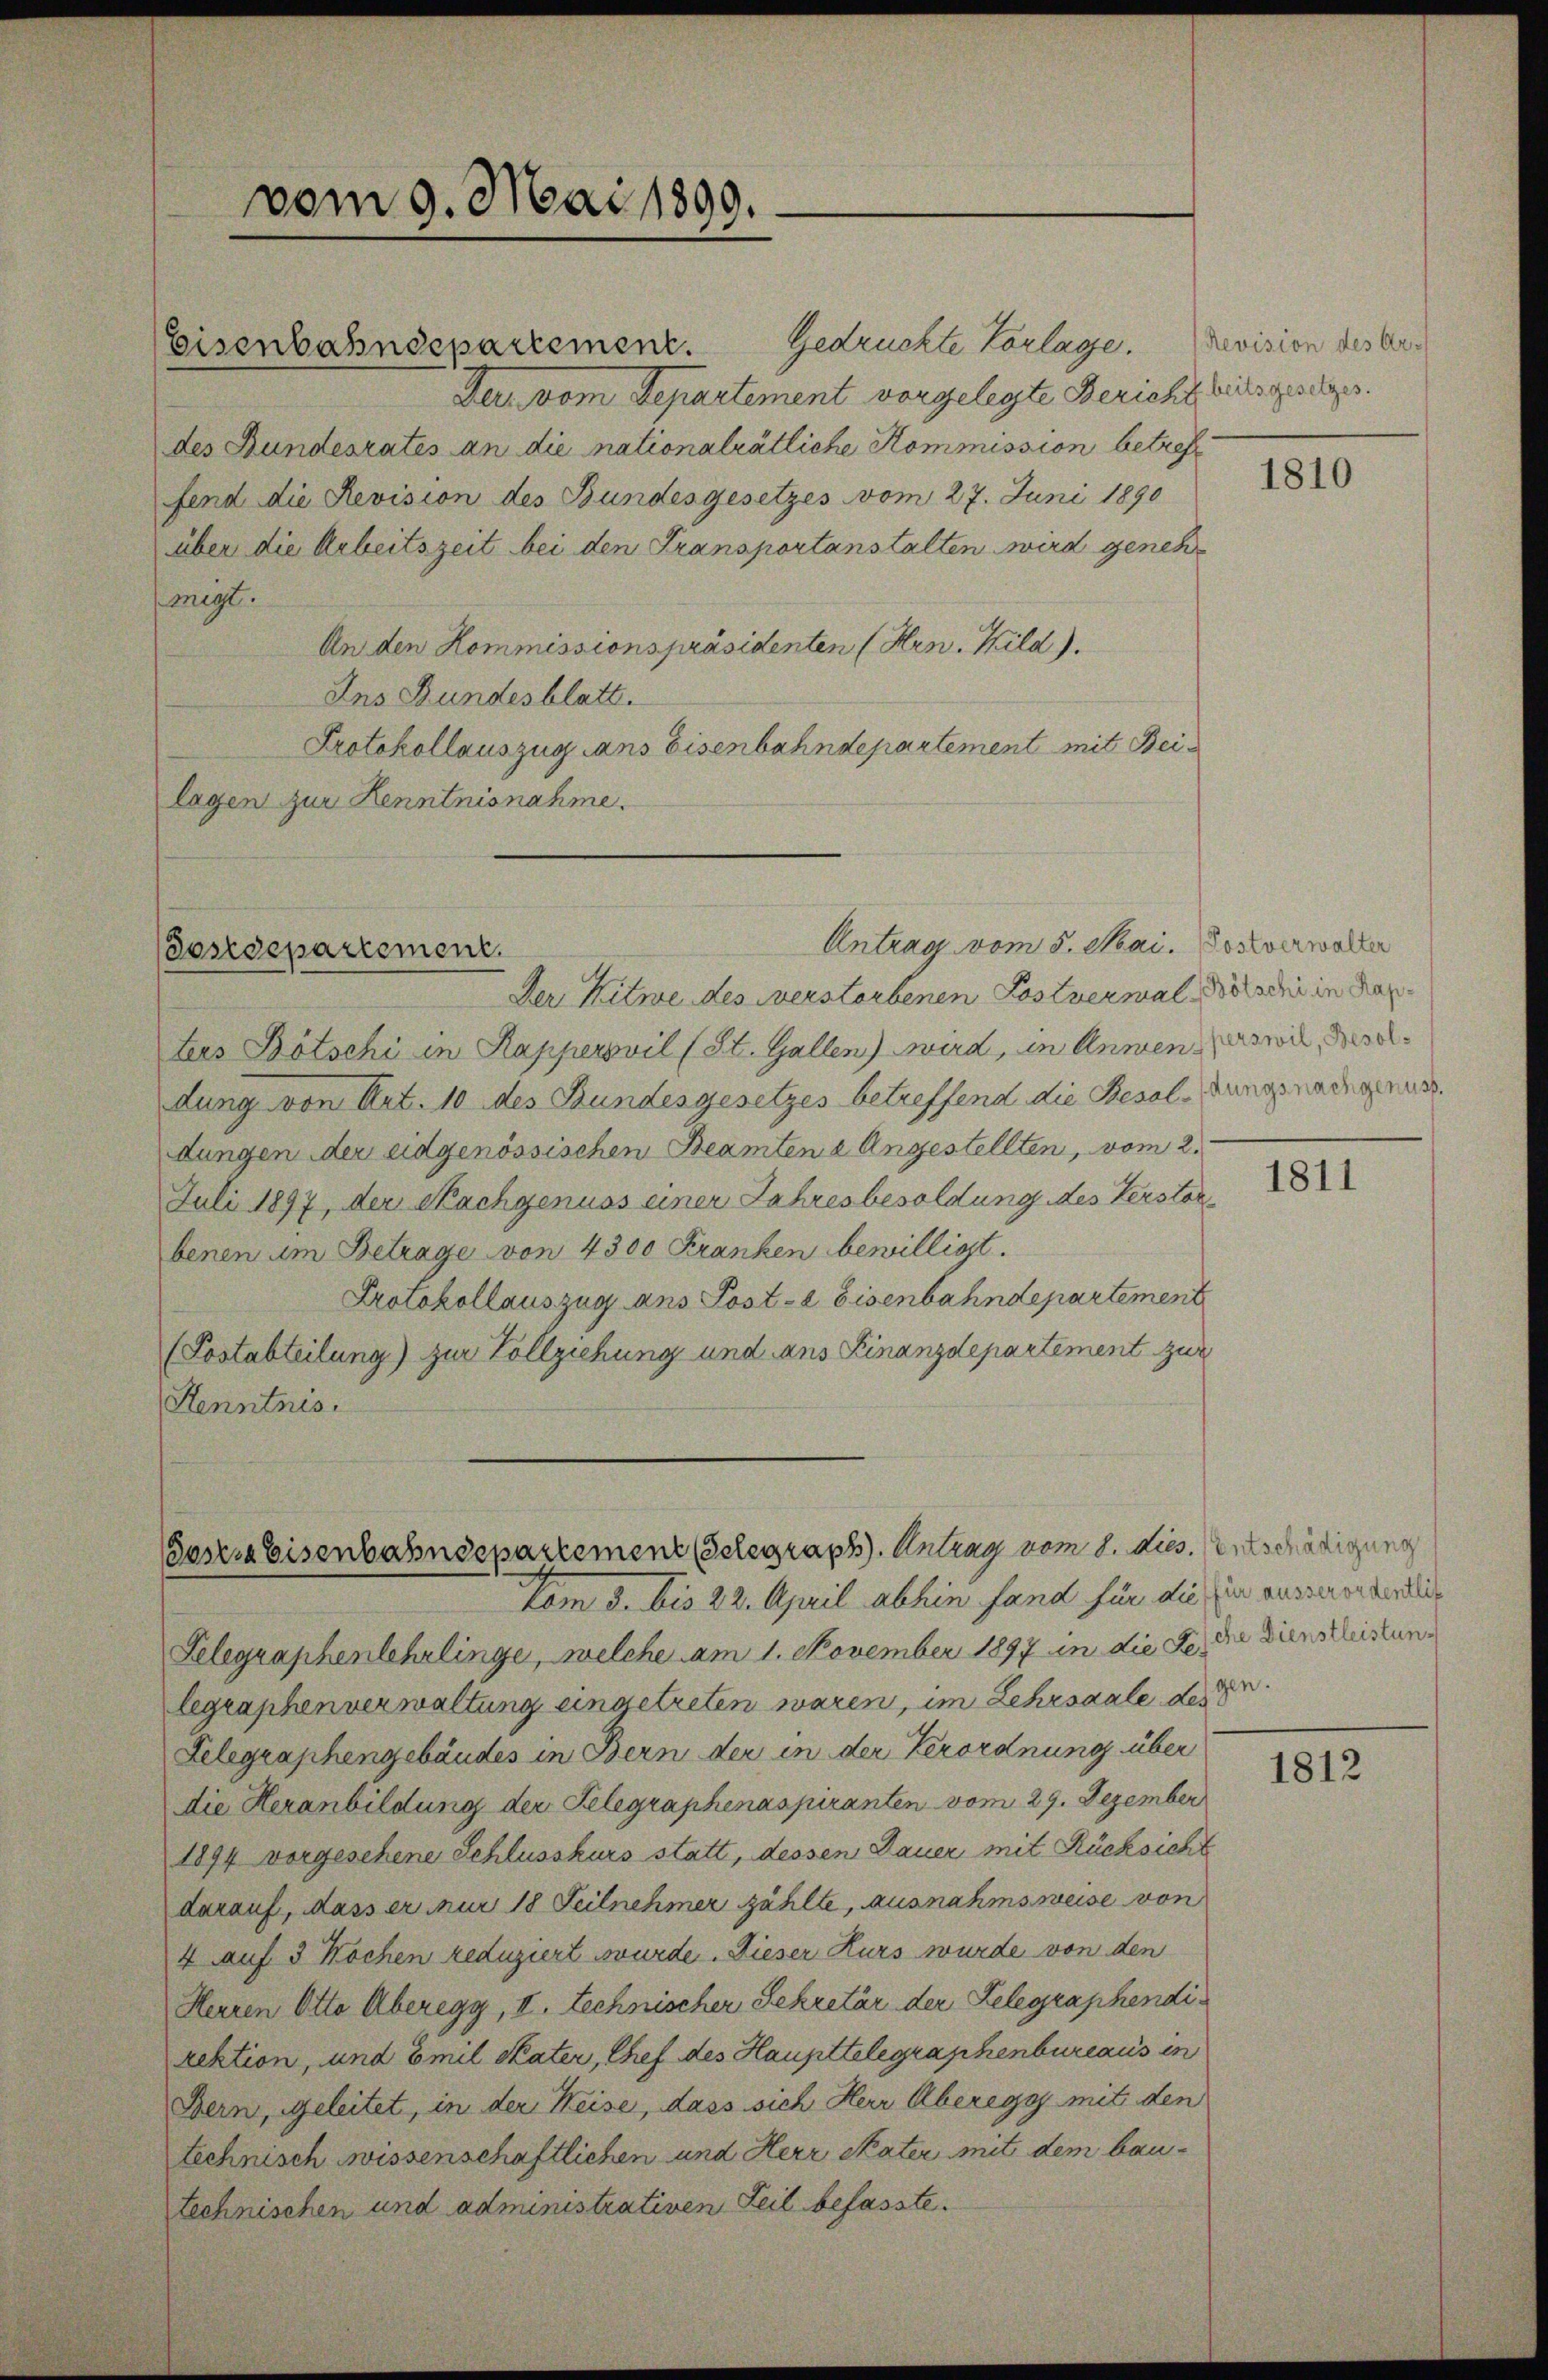
vom 9. Mai 1890.

Eisenbahndepartement. Gedrückte Vorlage. Revision des Ar¬
Der vom Departement vorgelegte Bericht sichtsgesetzes.
des Bundesrates an die nationalrätliche Kommission betreff
fend die Revision des Bundesgesetzes vom 27. Juni 1890
über die Arbeitszeit bei den Transportanstalten wird genehmigt.
An den Kommissionspräsidenten (Hrn. Wild).
Ins Bundesblatt.
Protokollauszug dans Eisenbahndepartement mit Beilagen zur Kenntnisnahme.

esedepartement.

Der Kitwe des verstorbenen Postvermal, Botschi in Kap
ters Bötschi in Kapperswil (St. Gallen) wird, in Anwendeswil, Geseldung von Art. 10 des Bundesgesetzes betreffend die Besoldungsnachgenuss.
dungen der eidgenössischen Beamtene Angestellten, vom 2.
Juli 1897, der Nachgenuss einer Jahresbesoldung des Verstorbenen um Betrage von 4300 Franken bewilligt.
Protokollauszug ans Post-a Eisenbahndepartement
(Postabteilung) zur Vollziehung und ans Finanzdepartement zur
Kenntnis.

Antrag vom 5. Mai. Postverwalter

Bester Eisenbahndepartement Gelegraph. Antrag vom 8. dies. Entschädigung
vom 5. bis 22. April abhin fand für die in aussererbindliche

Telegraphenlehrlinge, welche am 1. November 1897 in die Sei die Dienstleistung
legraphenverwaltung eingetreten waren, im Lehrsaale der d
Delegraphengebäudes in Bern der in der Verordnung über
die Heranbildung der Gelegraphenaspiranten vom 29. Dezember
1894 vorgesehene Schlusskurs statt, dessen Dauer mit Rücksicht
darauf, dass er nur 18 Teilnehmer zählte, ausnahmsweise von
4 auf 3 Wochen reduziert wurde. Dieser Kurs wurde von den
Herren Otto Überegg, II. Technischer Sekretär der Relegraphendirektion, und Emil Skater, Chef des Haupttelegraphenbureaus in
Bern, geleitet, in der Weise, dass sich Herr Aberegg mit den
technisch wissenschaftlichen und Herr Pater mit dem bautechnischen und administrativen Teil befasste.

1810

1811

1812